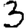
Digit: 3